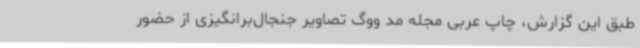
طبق این گزارش، چاپ عربی مجله مد ووگ تصاویر جنجال‌برانگیزی از حضور